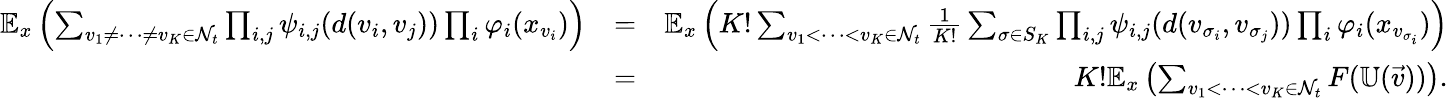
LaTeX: \begin{array}{rlr}{\mathbb E_{x}\left(\sum_{v_{1}\neq\cdots\neq v_{K}\in{\cal N}_{t}}\prod_{i,j}\psi_{i,j}(d(v_{i},v_{j}))\prod_{i}\varphi_{i}(x_{v_{i}})\right)}&{=}&{\mathbb E_{x}\left(K!\sum_{v_{1}<\cdots<v_{K}\in{\cal N}_{t}}\frac{1}{K!}\sum_{\sigma\in S_{K}}\prod_{i,j}\psi_{i,j}(d(v_{\sigma_{i}},v_{\sigma_{j}}))\prod_{i}\varphi_{i}(x_{v_{\sigma_{i}}})\right)}\\ &{=}&{K!\mathbb E_{x}\left(\sum_{v_{1}<\cdots<v_{K}\in{\cal N}_{t}}F({\mathbb U}(\vec{v}))\right).}\end{array}